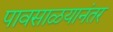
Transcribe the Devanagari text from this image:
पावसाळयानंतर